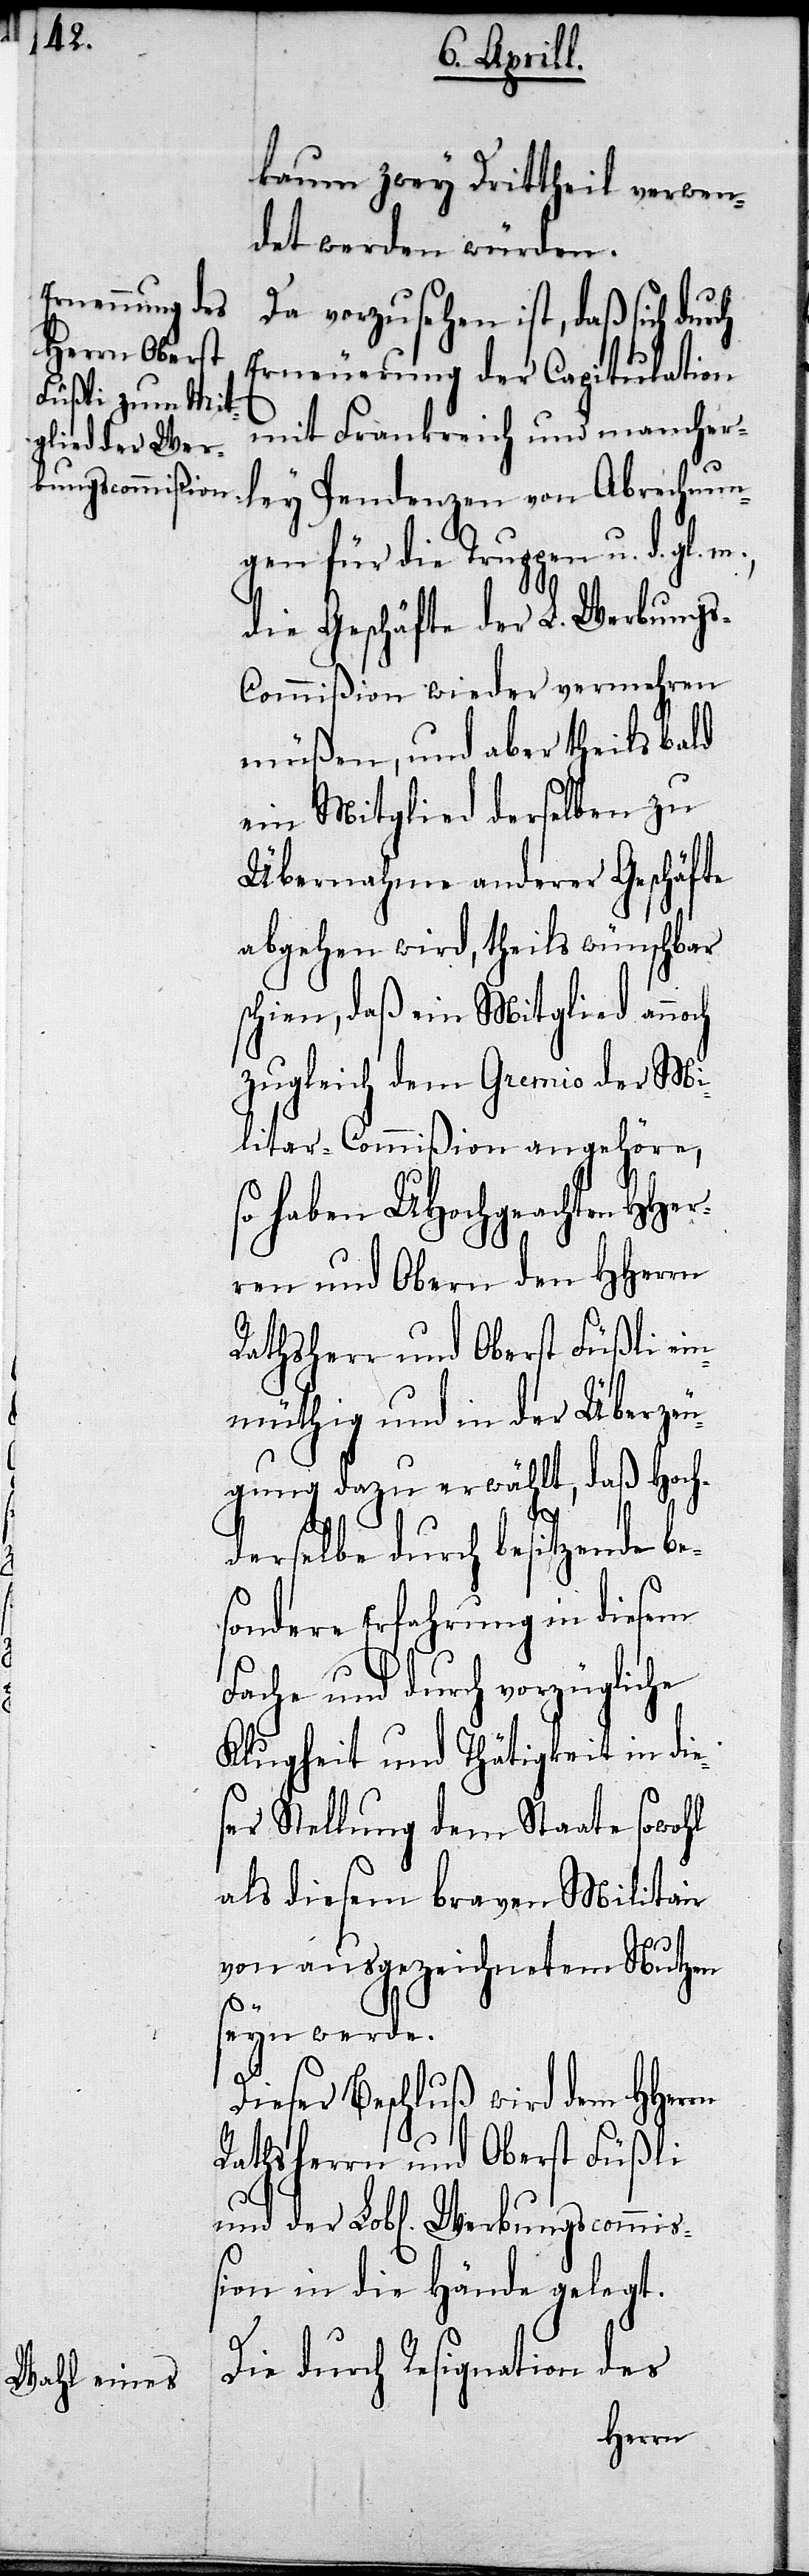
bungscommißion

kaum zwey Dittheil verwen¬
det werden würden.
Da vorzusehen ist, daß sich dur¬
Erneuerung der Capitulation
mit Frankreich und mancher¬
ley Pendenzen von Abrechnun¬
gen für die Truppen u. d. gl.
die Geschäfte der L. Werbung¬
s-Commißion wieder vermehren
müßen, und aber theils bald
ein Mitglied derselben zu
Übernahme anderer Geschäfte
abgehen wird, theils wünschbar
schien, daß ein Mitglied annoch
zugleich dem Gremio der Mi¬
litar-Commißion angehöre,
so haben UHochgeachten HHer¬
ren und Obern den HHerrn
einmüthig und in der Überzeu¬
gung dazu erwählt, daß Hoch¬
derselbe durch besitzende be¬
sondere Erfahrung in diesem
Fache und durch vorzügliche
Klugheit und Thätigkeit in die¬
ser Stellung dem Staate sowohl
als diesem braven Militair
von ausgezeichnetem Nutzen
Wer¬
sey werden.
Dieser Beschluß wird dem HHerrn
Rathsherrn und Oberst Füßli
in die Hände gelegt.
Die durch Resignation des